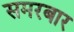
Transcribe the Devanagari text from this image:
समरबार